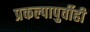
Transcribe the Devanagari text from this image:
प्रकल्पापुर्वीही